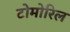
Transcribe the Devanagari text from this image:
टोमोरिल